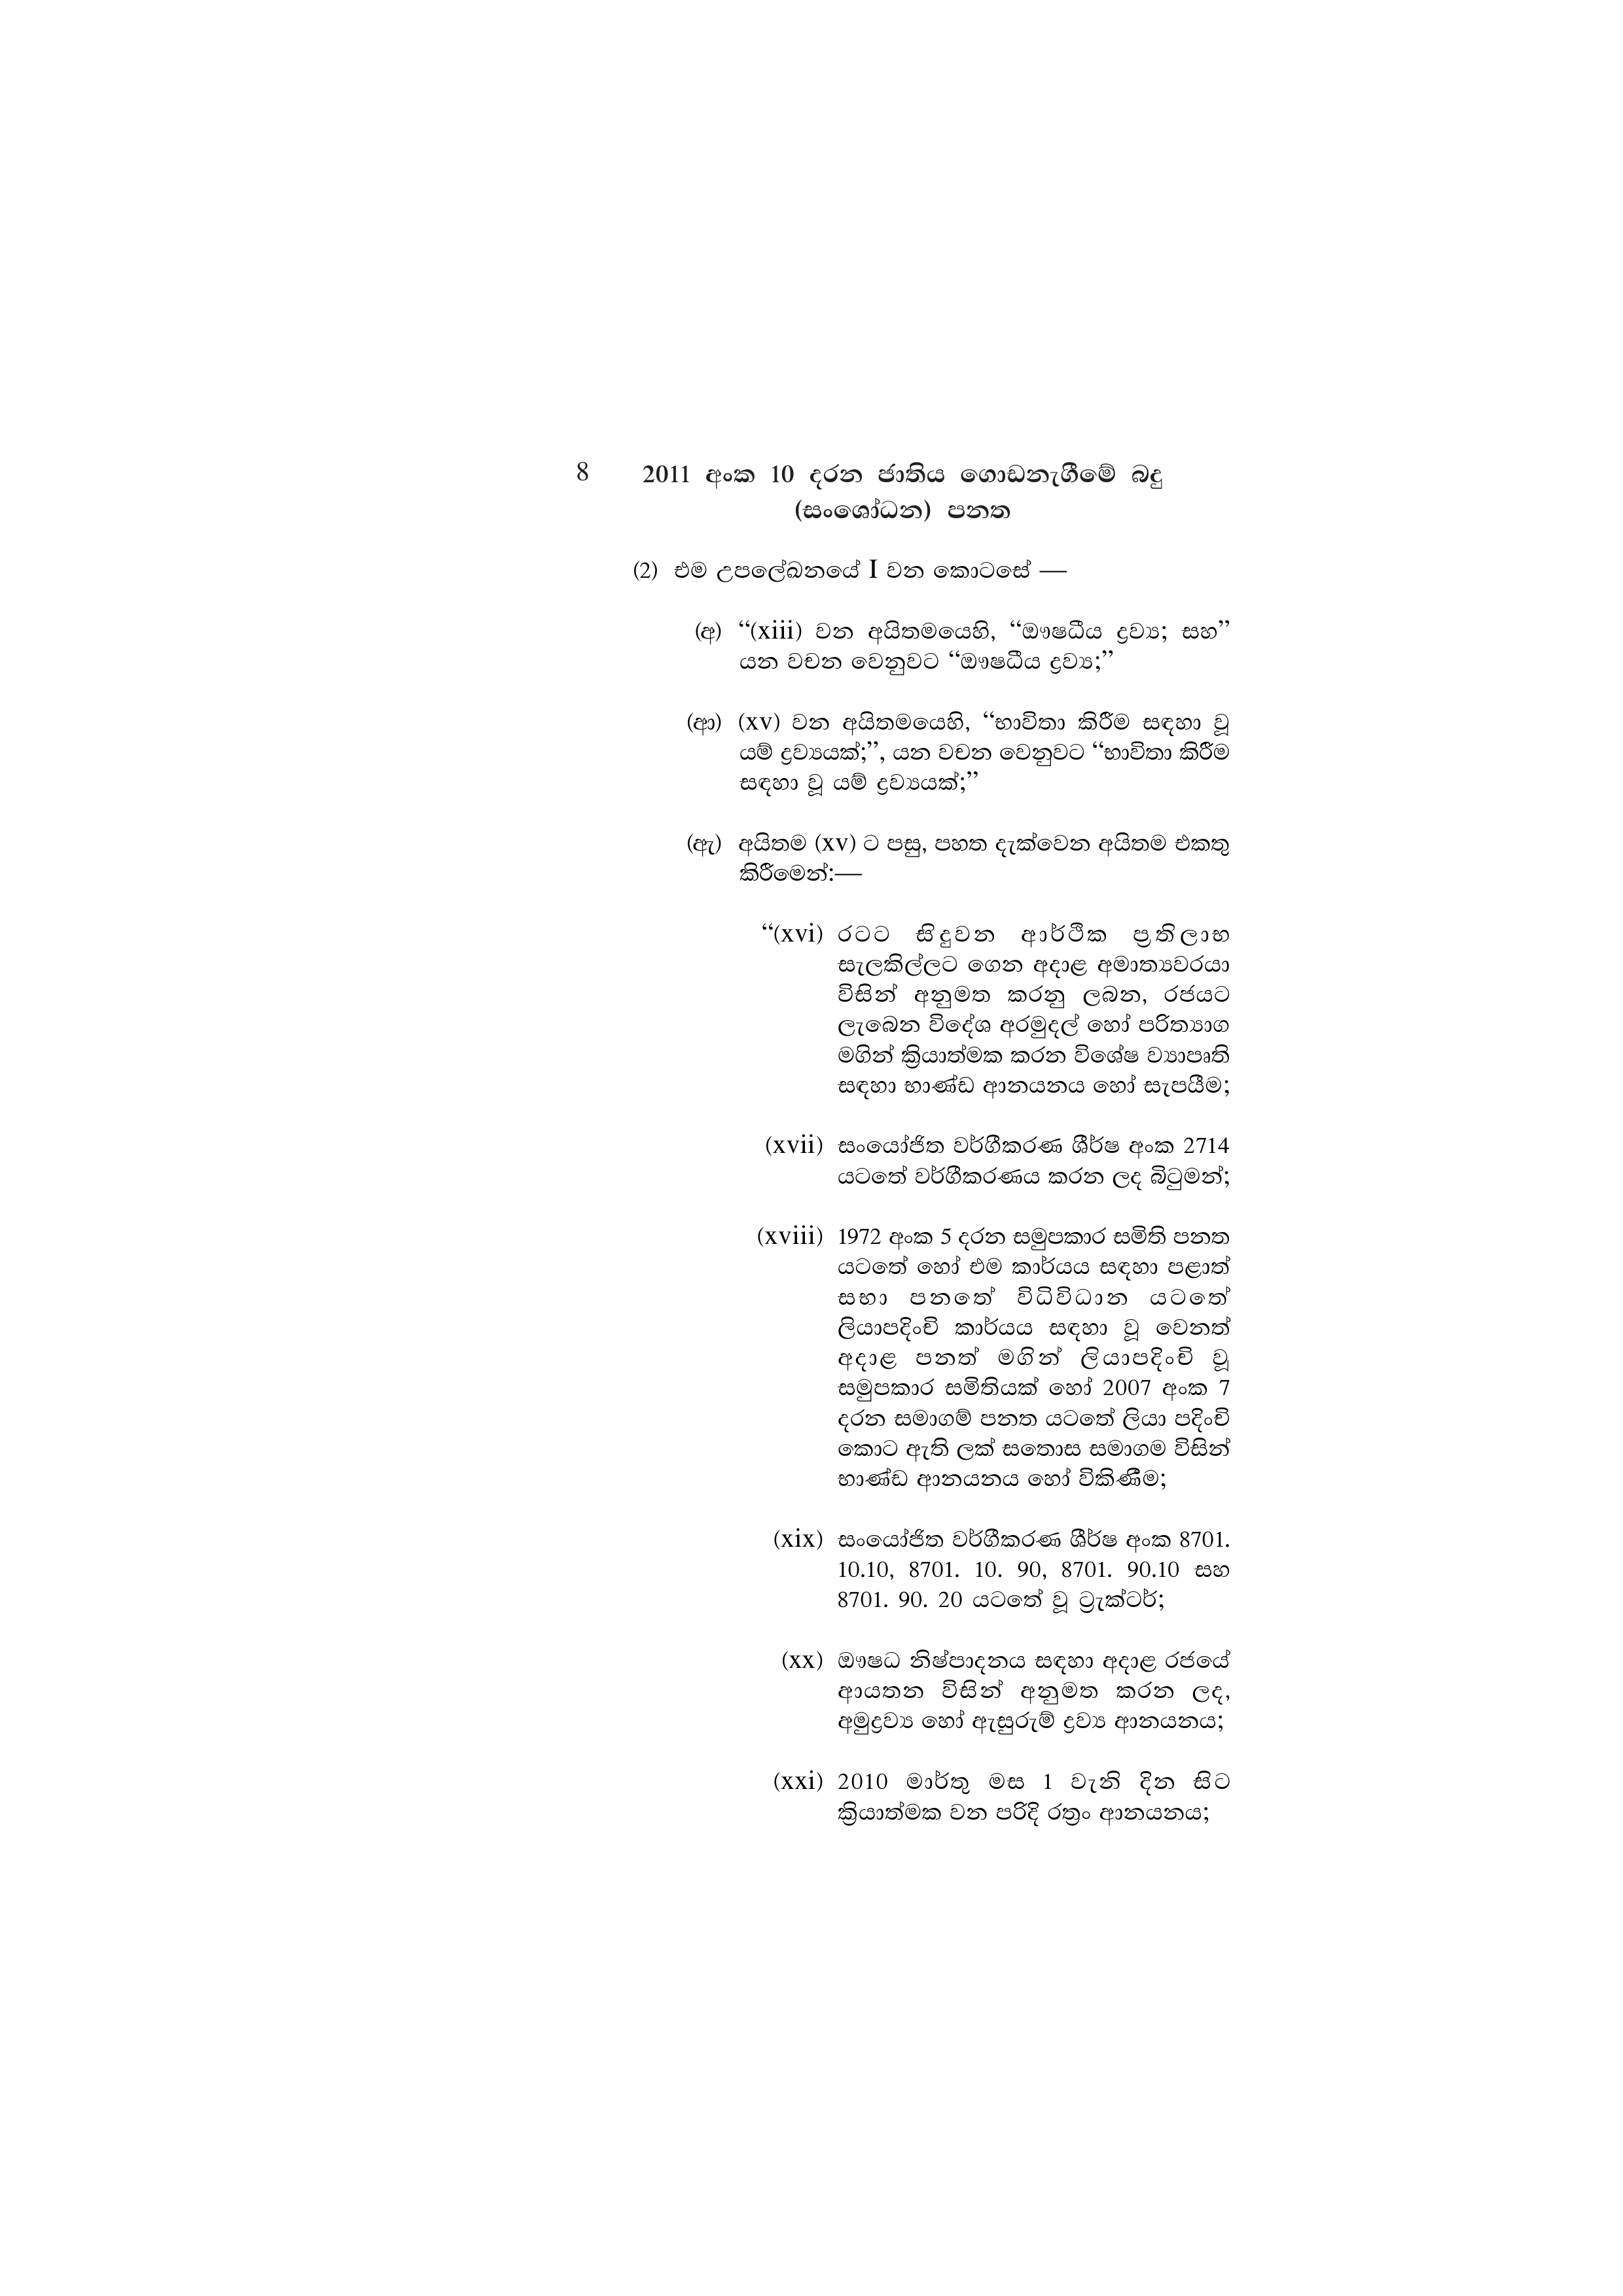
8 2011 අංක 10 දරන ජාතිය ගොඩනැගීමේ බදු
(සංශෝධන) පනත

(2) එම උපලේඛනයේ I වන කොටසේ -

(අ) “(xiii) වන අයිතමයෙහි, “ඖෂධීය ද්‍රව්‍ය; සහ”
යන වචන වෙනුවට “ඖෂධීය ද්‍රව්‍ය;”

(ආ) (xv) වන අයිතමයෙහි, “භාවිතා කිරීම සඳහා වූ
යම් ද්‍රව්‍යයක්;”, යන වචන වෙනුවට “භාවිතා කිරීම
සඳහා වූ යම් ද්‍රව්‍යයක්;”

(ඇ) අයිතම (XV) ට පසු, පහත දැක්වෙන අයිතම එකතු
කිරීමෙන්:—

“(xvi) රටට සිදුවන ආර්ථික ප්‍රතිලාභ
සැලකිල්ලට ගෙන අදාළ අමාත්‍යවරයා
විසින් අනුමත කරනු ලබන, රජයට
ලැබෙන විදේශ අරමුදල් හෝ පරිත්‍යාග
මගින් ක්‍රියාත්මක කරන විශේෂ ව්‍යාපෘති
සඳහා භාණ්ඩ ආනයනය හෝ සැපයීම;

(xvii) සංයෝජිත වර්ගීකරණ ශීර්ෂ අංක 2714
යටතේ වර්ගීකරණය කරන ලද බිටුමන්;

(xviii) 1972 අංක 5 දරන සමුපකාර සමිති පනත
යටතේ හෝ එම කාර්යය සඳහා පළාත්
සභා පනතේ විධිවිධාන යටතේ
ලියාපදිංචි කාර්යය සඳහා වූ වෙනත්
අදාළ පනත් මගින් ලියාපදිංචි වූ
සමුපකාර සමිතියක් හෝ 2007 අංක 7
දරන සමාගම් පනත යටතේ ලියා පදිංචි
කොට ඇති ලක් සතොස සමාගම විසින්
භාණ්ඩ ආනයනය හෝ විකිණීම;

(xix) සංයෝජිත වර්ගීකරණ ශීර්ෂ අංක 8701.
10.10, 8701. 10. 90, 8701. 90.10 සහ)
8701. 90. 20 යටතේ වූ ට්‍රැක්ටර්;

(xx) ඖෂධ නිෂ්පාදනය සඳහා අදාළ රජයේ
ආයතන විසින් අනුමත කරන ලද,
අමුද්‍රව්‍ය හෝ ඇසුරුම් ද්‍රව්‍ය ආනයනය;

(xxi) 2010 මාර්තු මස 1 වැනි දින සිට
ක්‍රියාත්මක වන පරිදි රත්‍රං ආනයනය;